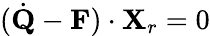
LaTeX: ({\dot{\mathbf Q}}-{\mathbf F})\cdot{\mathbf X}_{r}=0